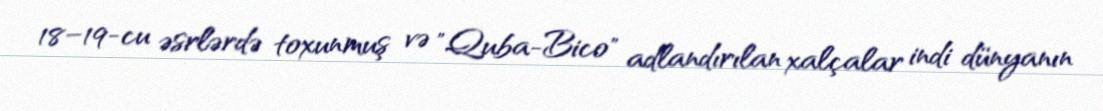
18–19-cu əsrlərdə toxunmuş və "Quba-Bico" adlandırılan xalçalar indi dünyanın